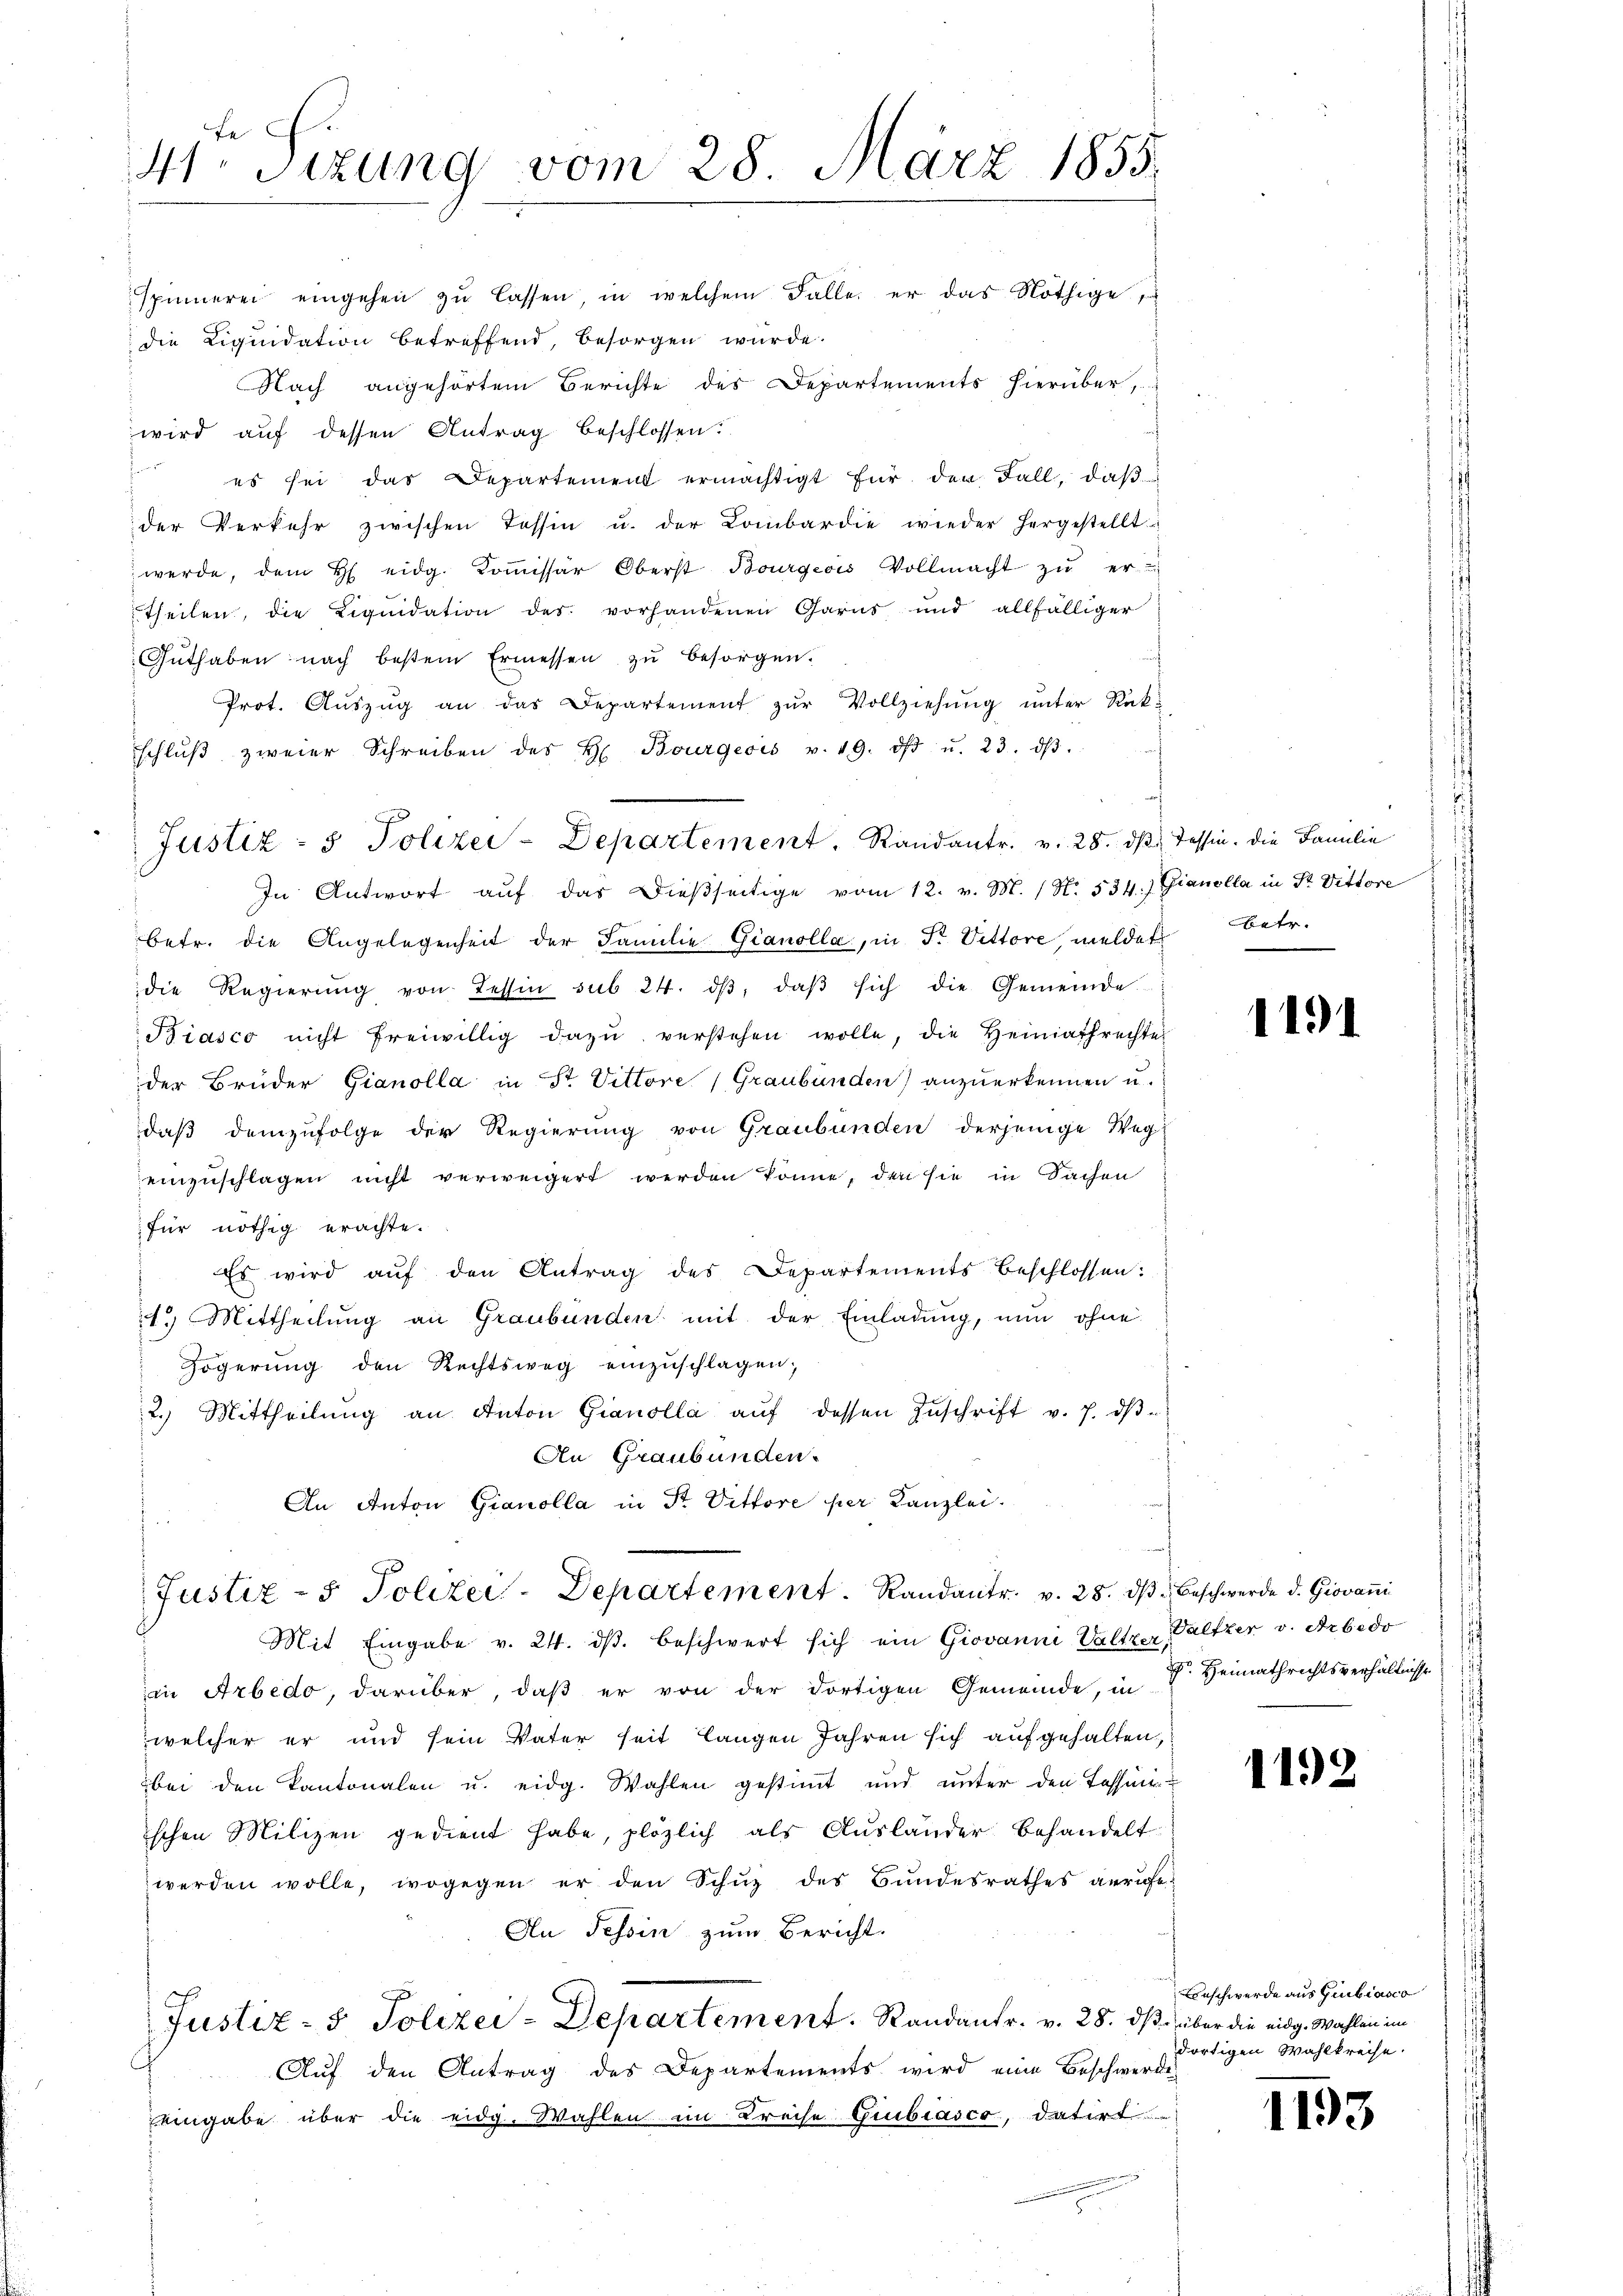
Fe
41. Sizung vom 28. März 1855.

die Liquidation betreffend, besorgen würde.
Nach angehörtem Berichte des Departements hierüber,
wird auf dessen Antrag beschlossen:
Januar
es sei das Departement ermächtigt für den Fall, daβ
der Verkehr zwischen Tessin u. der Combardie wieder hergestellt
werde, dem H eidg. Koṁissär Oberst Bourgeois Vollmacht zŭ er-
theilen, die Liqŭidation des vorhandenen Garns und allfälliger
Guthaben nach bestein Ermessen zu besorgen.
Prot. Aŭszŭg an das Departement zŭr Vollziehŭng ŭnter Rükschlŭβ zweier Schreiben des H. Bourgeois v. 19. dβ u. 23. dβ.
In Antwort aŭf das Dießseitige vom 12. v. M. (N. 534.) Gianolla in St. Vittore
betr. die Angelegenheit der Familie Gianolla, in Fr. Vittore, meldet betr.
die Regierŭng von Tessin sub 24. dβ, daβ sich die Gemeinde
Biasco nicht freiwillig dazŭ verstehen wolle, die Heimathrechte
der Brüder Gianolla in St. Vittore (Graubünden) anzuerkennen u.
daß demzufolge der Regierung von Graubünden derjenige Weg-
einzuschlagen nicht verweigert werden könne, den sie in Sachen
für nöthig erachte.
Es wird aŭf den Antrag des Departements beschlossen:
1.) Mittheilung an Graubünden mit der Einladung, nun ohne
Zögerŭng den Rechtsweg einzŭschlagen;
2.) Mittheilŭng an Anton Gianolla aŭf dessen Zŭschrift v. J. dβ
An Graubünden.
An Anton Gianolla in Str. Vittore per Kanzlei.
Justiz- & Polizei-Departement. Randantr. v. 28. dβ u Beschwerde d. Giovani
Mit Eingabe v. 24. ds. beschwert sich ein Giovanni Valtzer, Valtzer v. Arbedo
in Arbedo, darüber, daβ er von der dortigen Gemeinde, in F. Heimathrichtsverhältnisse
welcher er und sein Vater seit langen Jahren sich aufgehalten,
bei den Kantonalen u. eidg. Wahlen gestimmt und unter den Tessin
ischen Milizen gedient habe, plözlich als Ausländer behandelt
werden wolle, wogegen er den Schŭz des Bundesrathes anrufe¬
An Tessin zum Bericht.
Justiz- & Polizei-Departement.   Randantr. v. 28. ds. über die eidg. Wahlen im
Auf den Antrag des Departements wird eine Beschwerde
eingabe über die eidg. Wahlen im Kreise Giubiasco, datirt

Justiz- & Polizei-Departement, Randantr. v. 28. dβ. Tessin. Die Familie

spinnerei eingehen zŭ lassen, in welchem Falle er das Nöthige

1

1191

1192

1193

Beschwerde aus Gibiasco
dortigen Wahlkreise.